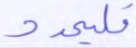
فليمدد